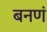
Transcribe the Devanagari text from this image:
बनणं